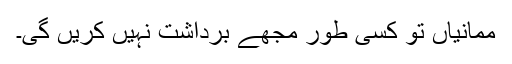
ممانیاں تو کسی طور مجھے برداشت نہیں کریں گی۔